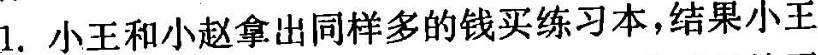
1.小王和小赵拿出同样多的钱买练习本，结果小王